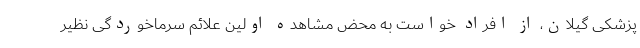
پزشکی گیلان، از افراد خواست به محض مشاهده اولین علائم سرماخوردگی نظیر